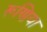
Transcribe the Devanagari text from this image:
रूणिया